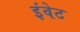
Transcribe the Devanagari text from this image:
इंवेट